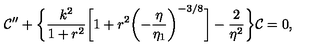
{ \cal C } ^ { \prime \prime } + \biggl \{ \frac { k ^ { 2 } } { 1 + r ^ { 2 } } \biggl [ 1 + r ^ { 2 } \biggl ( - \frac { \eta } { \eta _ { 1 } } \biggr ) ^ { - 3 / 8 } \biggr ] - \frac { 2 } { \eta ^ { 2 } } \biggr \} { \cal C } = 0 ,